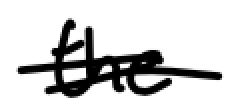
Text: the
Cross-out: double-line
Writing tool: digital_black